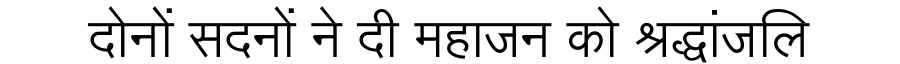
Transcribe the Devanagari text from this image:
दोनों सदनों ने दी महाजन को श्रद्धांजलि